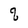
Character: q